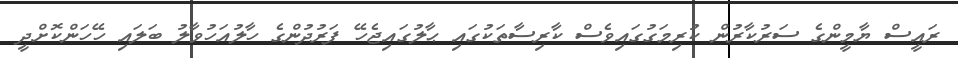
ރައީސް ޔާމީންގެ ސަރުކާރުން ކުރިމަގުގައިވެސް ކާރިސާތަކުގައި ޙާލުގައިޖެހޭ ފަރުދުންގެ ހާލުއަހުވާލު ބަލައި ހޭހަންކޮށްދީ